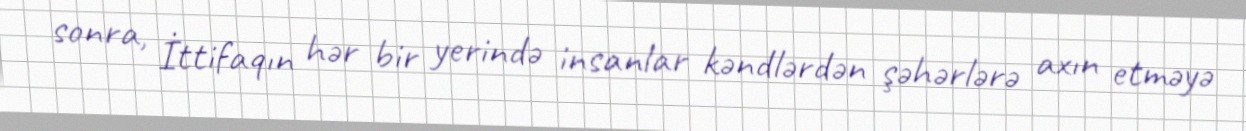
sonra, İttifaqın hər bir yerində insanlar kəndlərdən şəhərlərə axın etməyə